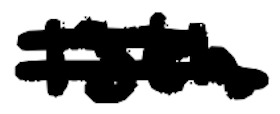
Text: 13th
Cross-out: mix
Writing tool: digital_black